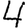
Digit: 4